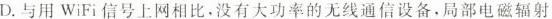
D.与用WiFi信号上网相比·没有大功率的无线通信设备·局部电磁辐射